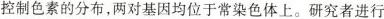
控制色素的分布，两对基因均位于常染色体上。研究者进行